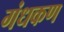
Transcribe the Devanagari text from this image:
गंधकण